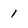
Character: 1